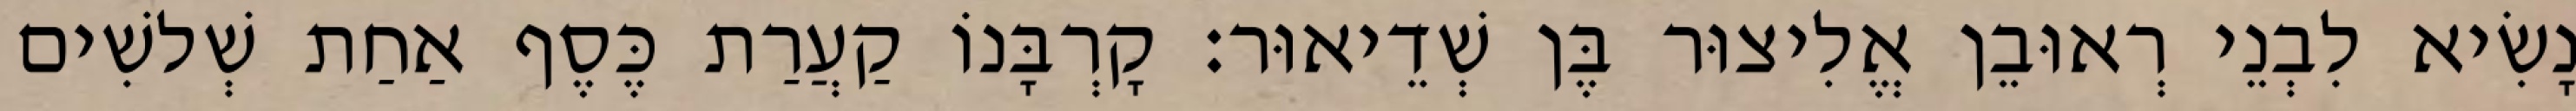
נָשִׂיא לִבְנֵי רְאוּבֵן אֱלִיצוּר בֶּן שְׁדֵיאוּר׃ קָרְבָּנוֹ קַעֲרַת כֶּסֶף אַחַת שְׁלשִׁים